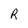
Character: R